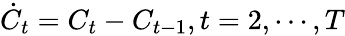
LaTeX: \dot{C}_{t}=C_{t}-C_{t-1},t=2,\cdots,T